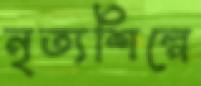
নৃত্যশিল্পে